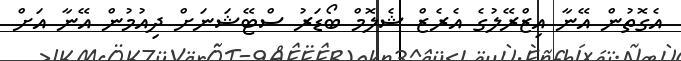
އެގޮތުން އޭނާ އިޒްރޭލުގެ އެރެޒް ޝެލޮމް ބޯޑަރު ސްޓޭޝަނަށް ދިއުމުން އޭނާ އަށް